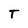
Character: T